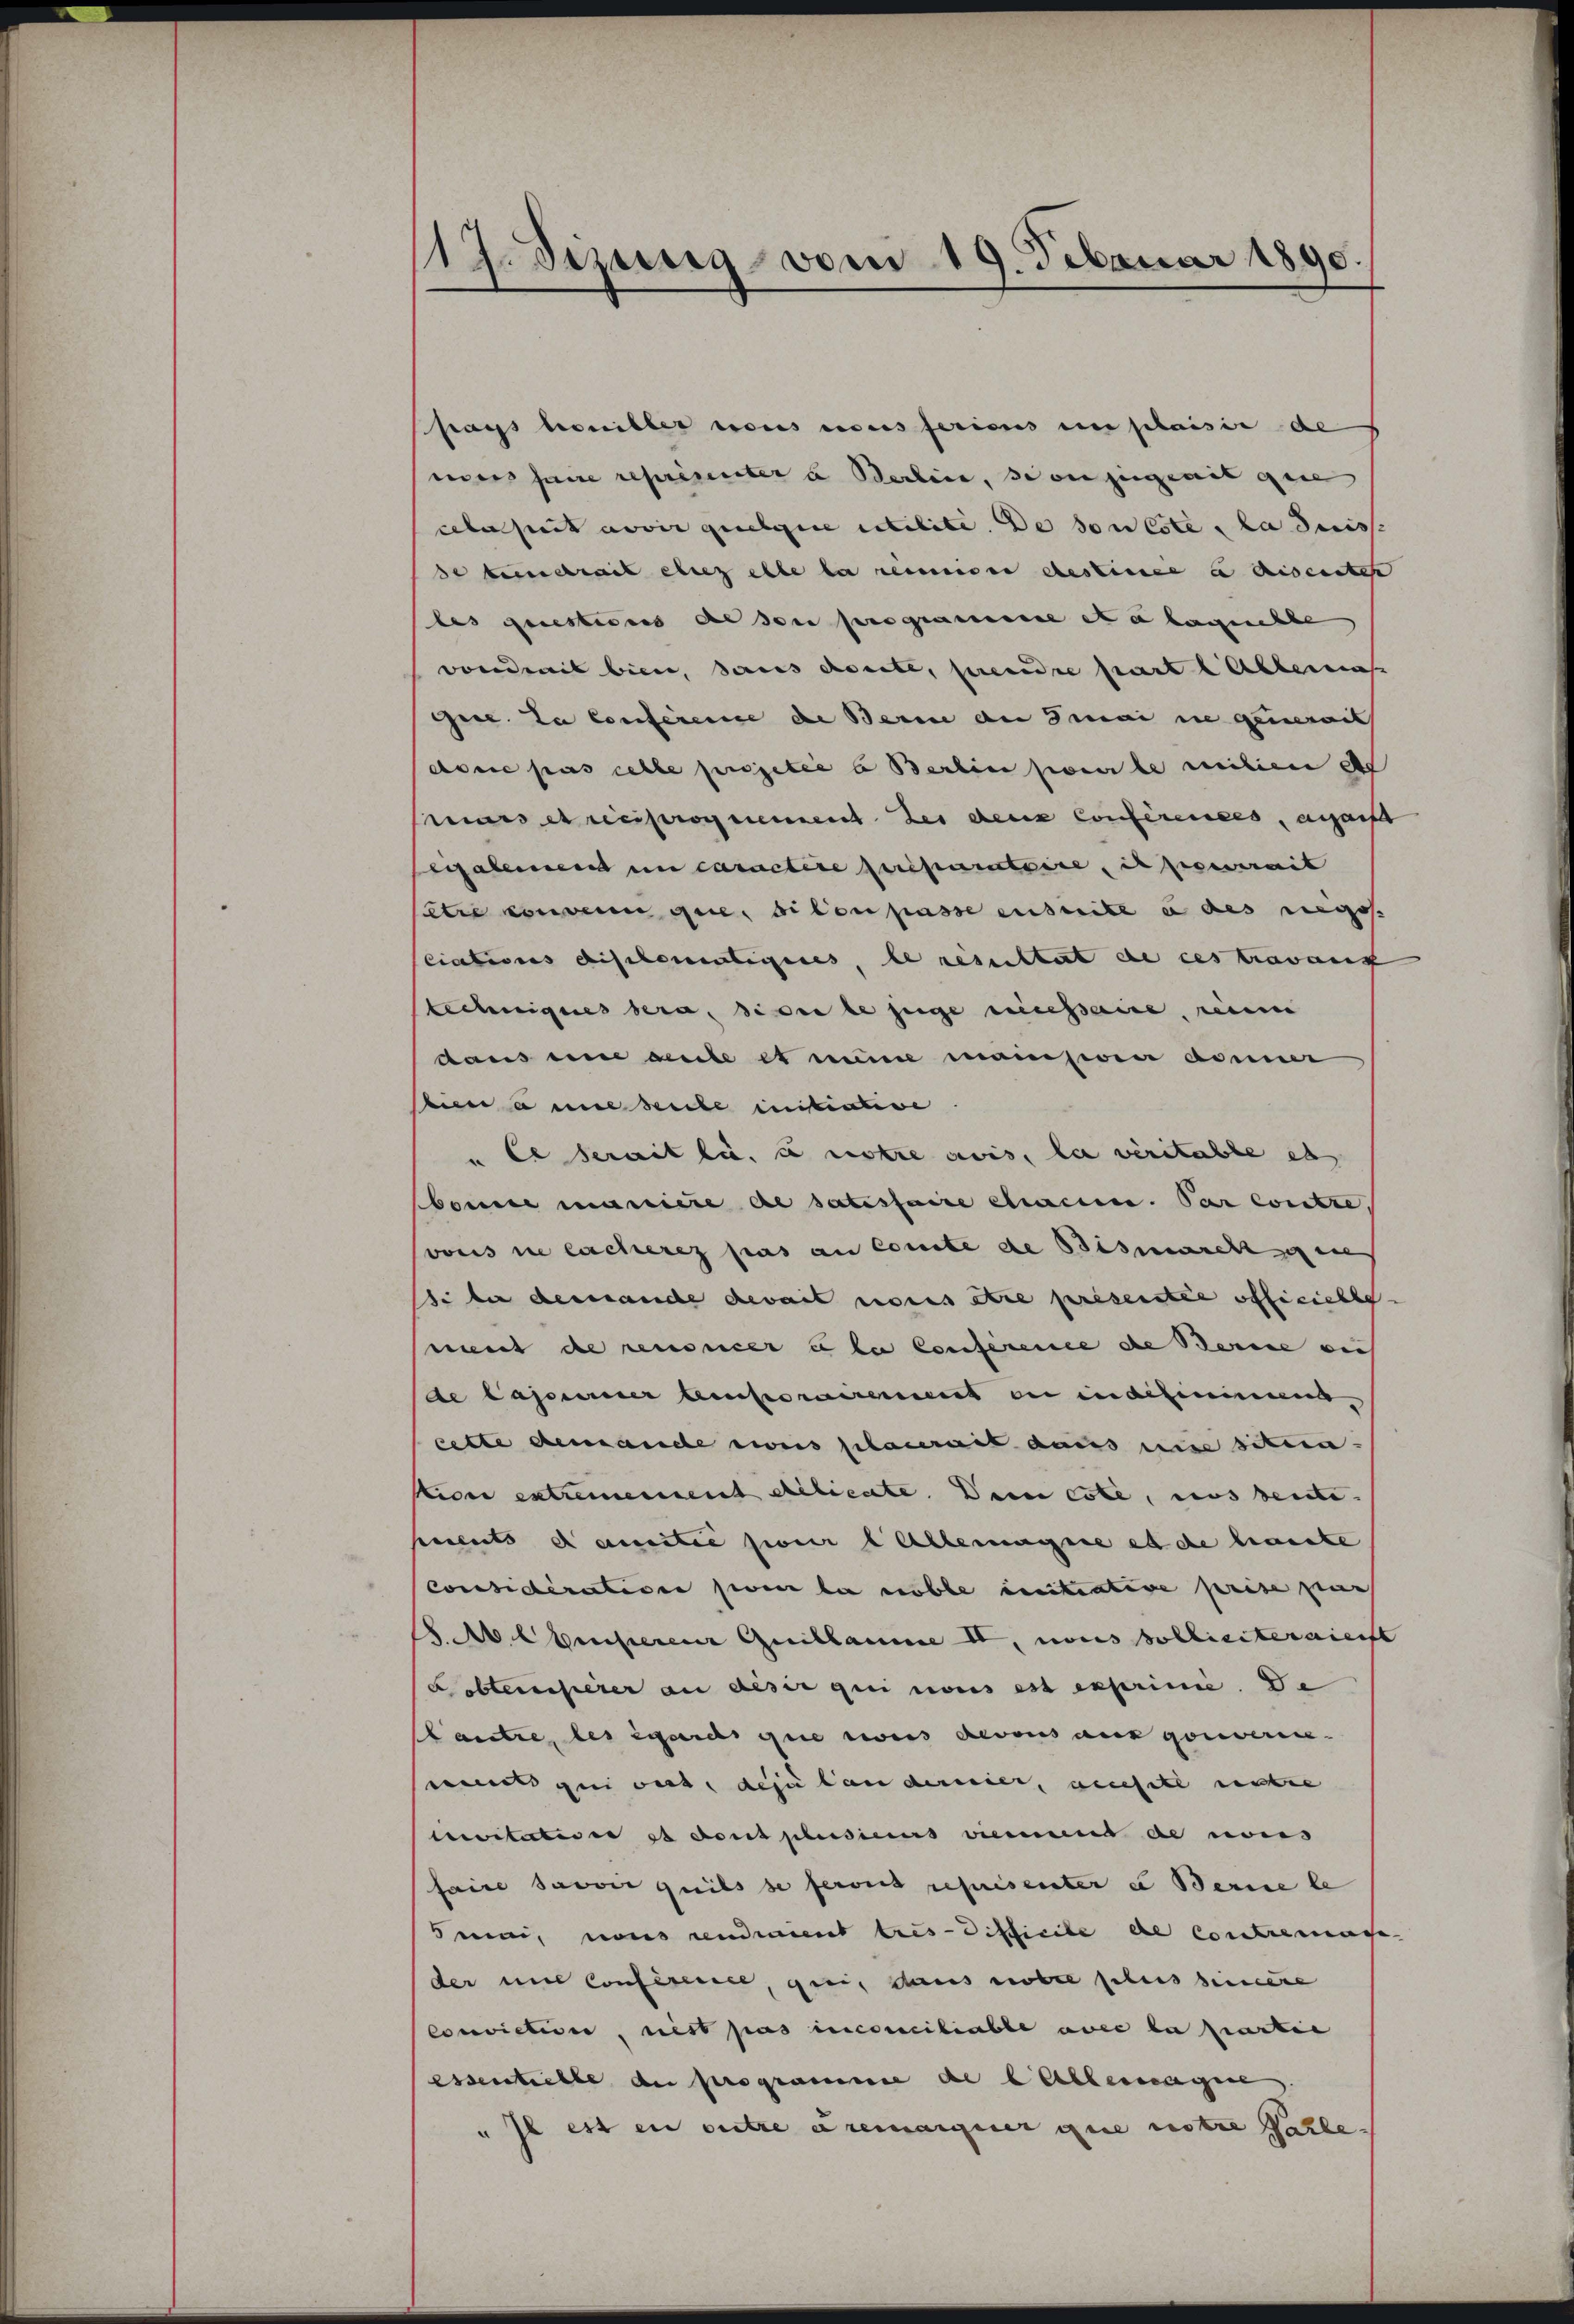
119. Sizung vom 19. Februar 1890.

says bonibler tous ces feriens en schaisie de
smus seine repriseunter u Berline, son zeigerit que
eeberseit nover gegebene utilite. De son cité la Suiss
de beendrait elig elle la reinige destiner a aisenate
les questiones de sein programme et a lagpuchle
vond mit bien, dans conte, prendre part Allema
Gice. La Conference de Berne an Sinai in generat
dose pas celle projetée a Berlin seite milien d
mars et reciproquement der den Conferences, anfant
egalement in caractire préparatoire, er seit
satre convenu que dilen passe ensuite e des regos
ciationes dischemaligeres, le resultat de ces travant
techniques bera, die le juge necessaire, reine
daus une aule et mine manisiren donner
Siena une reiche initiative
u le serait la, e notre avis, la verstalte es
Mone maniere de satisfaire chacun. Par contre,
vons ne lacheres pas an conte de Bismarchie
si der dessance devait noces etwa presentie officielle
ment de renoncer u der Conference de Berne ei
de lasserner temporairement in in definirend
cette demanche sons placerait dass nie siten
Kiser extremement dictiente. Dein este, uns deute.
ments dausitée poner Allemagene et de laute
considération jener la noble initiative prise nach
Albusserer Quillaume II, nous solliciternicht
Pobteresserer an desir qui nous est exprimie. De
Hautre, les wards que ces devous aus gorieren.
mels gei wird, des landernier, auchell untre
mitatives et dont plusicus niemand de nons
saire savoir quils se feront représenter u Berne le
Smai, nous cendient très-Difficile de contremate
der mit Conferensee, geei, dans nobel sches seinere
conviction, nist pas inconciliable avec la partie
essentielle du programme de lalleragene
" Il es en outre remarguer que notre falle-